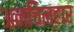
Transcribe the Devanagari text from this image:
अनचिन्हार